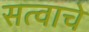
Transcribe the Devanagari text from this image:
सत्वाचे